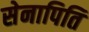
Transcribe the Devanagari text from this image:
सेनापिति